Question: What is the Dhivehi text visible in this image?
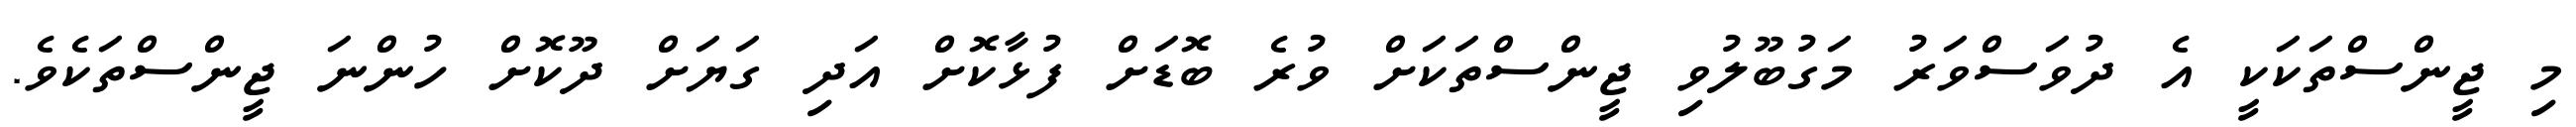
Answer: މި ޖީންސްތަކަކީ އެ ދުވަސްވަރު މަގުބޫލުވި ޖީންސްތަކަށް ވުރެ ބޮޑަށް ފުޅާކޮށް އަދި ގަޔަށް ދޫކޮށް ހުންނަ ޖީންސްތަކެވެ.